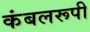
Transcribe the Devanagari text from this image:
कंबलरूपी